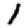
Digit: 1